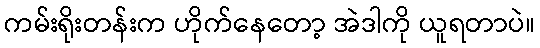
ကမ်းရိုးတန်းက ဟိုက်နေတော့ အဲဒါကို ယူရတာပဲ။